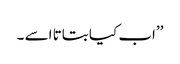
’’اب کیا بتاتا اسے ۔